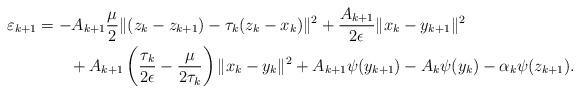
LaTeX: \begin{align*}\varepsilon_{k+1} &= - A_{k+1}\frac{\mu}{2}\| (z_k - z_{k+1}) - \tau_k(z_k - x_k)\|^2 + \frac{A_{k+1}}{2\epsilon}\|x_{k} - y_{k+1}\|^2\\&\qquad+ A_{k+1}\left(\frac{\tau_k}{2\epsilon} - \frac{\mu}{2\tau_k}\right)\|x_k - y_k\|^2 + A_{k+1}\psi(y_{k+1}) - A_k \psi(y_k) - \alpha_k \psi(z_{k+1}). \end{align*}